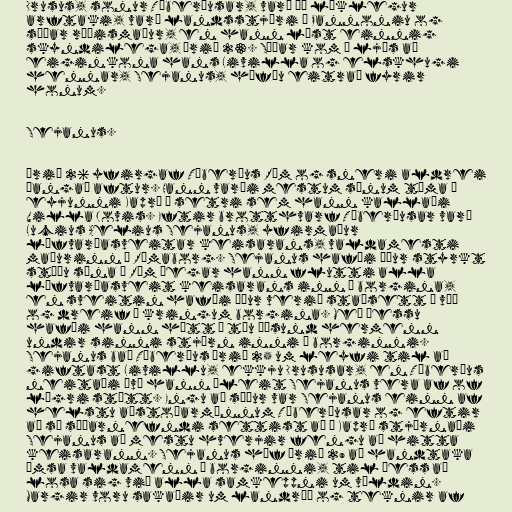
Drusus, sonur Tíberíusar, varð þá líklegur
arftaki, varð landsstjóri í Pannoniu og
síðar ræðismaður, en hann lést einnig
skyndilega, árið 23. Síðar kom í ljós að
eiginkona hans Livilla og elskhugi
hennar, Sejanus, höfðu eitrað fyrir
honum.

Sejanus.

Árið 26 yfirgaf Tíberíus Róm og sneri aldrei
þangað aftur. Hann varði mestum sínum tíma á
eyjunni Kaprí á setri sem hann kallaði
Villa Jovis. Eftir brotthvarf Tíberíusar varð
Lucius Aelius Sejanus, yfirmaður
lífvarðasveitar keisarans, valdamesti
maðurinn í Rómaborg. Sejanus hafði áður styrkt
stöðu sína í Róm þegar hann flutti alla
lífvarðasveit keisarans inn í borgina,
en sveitin hafði áður verið staðsett á víð
og dreif í kringum borgina. Með þessu
hafði hann hátt í tíu þúsund hermenn
undir sinni stjórn inni í borginni.
Sejanus bað Tíberíus árið 25 um leyfi til að
giftast Livillu, ekkju Drususar, en Tíberíus
neitaði því hann áleit Sejanus vera af of
lágri stétt. Engu að síður var Sejanus einn af
helstu aðstoðarmönnum Tíberíusar og eftir
að sá síðarnefndi settist að á Kaprí stjórnaði
Sejanus að mestu hverjir fengu að hitta
keisarann. Sejanus hóf árið 29 að handtaka
ýmsa valdamenn í borginni, til þess að
losa sig við alla samkeppni um völdin.
Margir voru sakaðir um landráð og teknir af